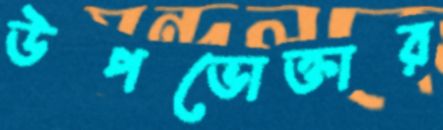
উপভোক্তার